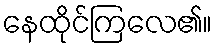
နေထိုင်ကြလေ၏။